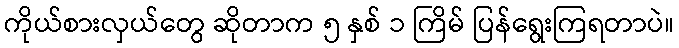
ကိုယ်စားလှယ်တွေ ဆိုတာက ၅ နှစ် ၁ ကြိမ် ပြန်ရွေးကြရတာပဲ။